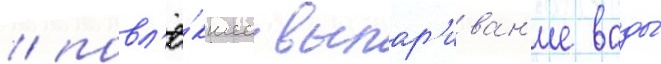
/ повл'ё́кшее выпар'иван'ие воды́